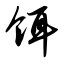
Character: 饵